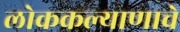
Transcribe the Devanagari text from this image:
लोककल्याणाचे